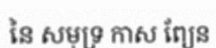
នៃ សមុទ្រ កាស ព្យែន